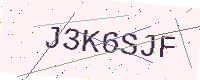
Text: J3K6SJF